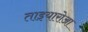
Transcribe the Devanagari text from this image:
ताइयारोआ